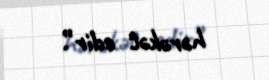
hərəkət edir”.